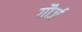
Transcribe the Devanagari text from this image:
गौर्ज